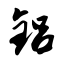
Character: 铝